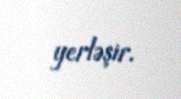
yerləşir.